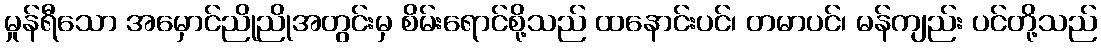
မှုန်ရီသော အမှောင်ညိုညိုအတွင်းမှ စိမ်းရောင်စို့သည် ထနောင်းပင်၊ တမာပင်၊ မန်ကျည်း ပင်တို့သည်